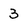
Character: 3